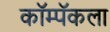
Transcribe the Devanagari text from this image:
कॉम्पॅकला